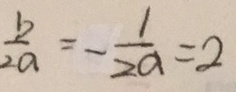
\frac { b } { 2 a } = - \frac { 1 } { 2 a } = 2